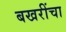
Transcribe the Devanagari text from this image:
बखरींचा